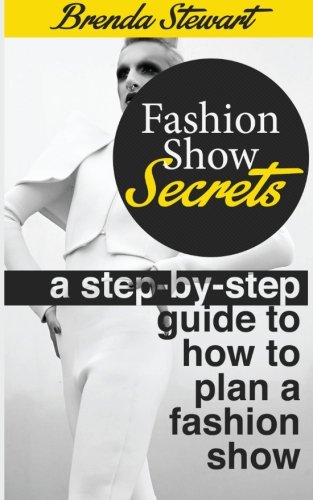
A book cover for Fashion Show Secrets : A Step by step guide to how to plan a fashion show; Briana Stewart; Business & Money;